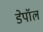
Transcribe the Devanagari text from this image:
डेपॉल